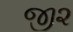
જી૨